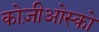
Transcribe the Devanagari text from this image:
कोज़ीओस्को